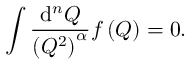
\int \frac { \mathrm { d } ^ { n } Q } { \left( Q ^ { 2 } \right) ^ { \alpha } } f \left( Q \right) = 0 .